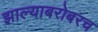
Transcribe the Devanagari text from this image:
झाल्याबरोबरच